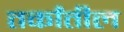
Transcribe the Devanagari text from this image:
तर्कांतील